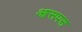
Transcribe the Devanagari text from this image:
आसपस